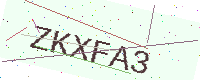
Text: ZKXFA3